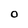
Character: O